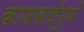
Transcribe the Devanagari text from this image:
कानबाईमुळे